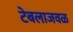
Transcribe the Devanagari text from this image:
टेबलाजवळ